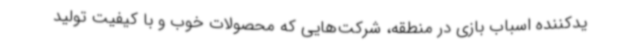
یدکننده اسباب بازی در منطقه، شرکت‌هایی که محصولات خوب و با کیفیت تولید